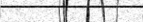
٤٩